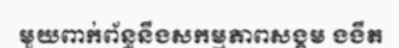
មួយពាក់ព័ន្ធនឹងសកម្មភាពសង្គម ងងឹត